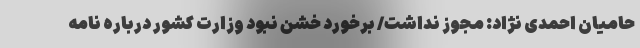
حامیان احمدی نژاد: مجوز نداشت/ برخورد خشن نبود وزارت کشور درباره نامه